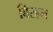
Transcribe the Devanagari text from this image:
बिरहन